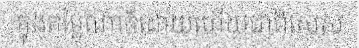
ក្នុងតម្លៃណាក៏ដោយហើយជាពិសេស